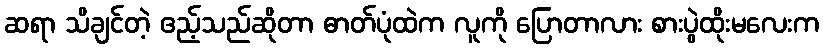
ဆရာ သိချင်တဲ့ ဧည့်သည်ဆိုတာ ဓာတ်ပုံထဲက လူကို ပြောတာလား စားပွဲထိုးမလေးက